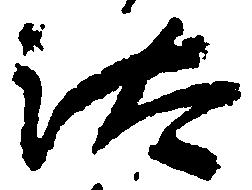
汰